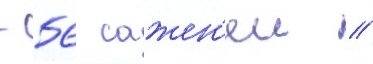
- 56 сажен'еи //